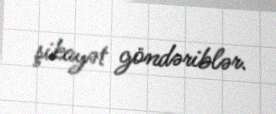
şikayət göndəriblər.